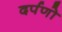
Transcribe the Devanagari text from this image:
दर्पणो